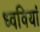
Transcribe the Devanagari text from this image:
ध्ववियां